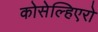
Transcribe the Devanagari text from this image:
कोसेल्हिएरो